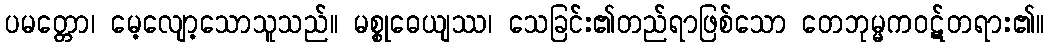
ပမတ္တော၊ မေ့လျော့သောသူသည်။ မစ္စုဓေယျဿ၊ သေခြင်း၏တည်ရာဖြစ်သော တေဘုမ္မကဝဋ်တရား၏။